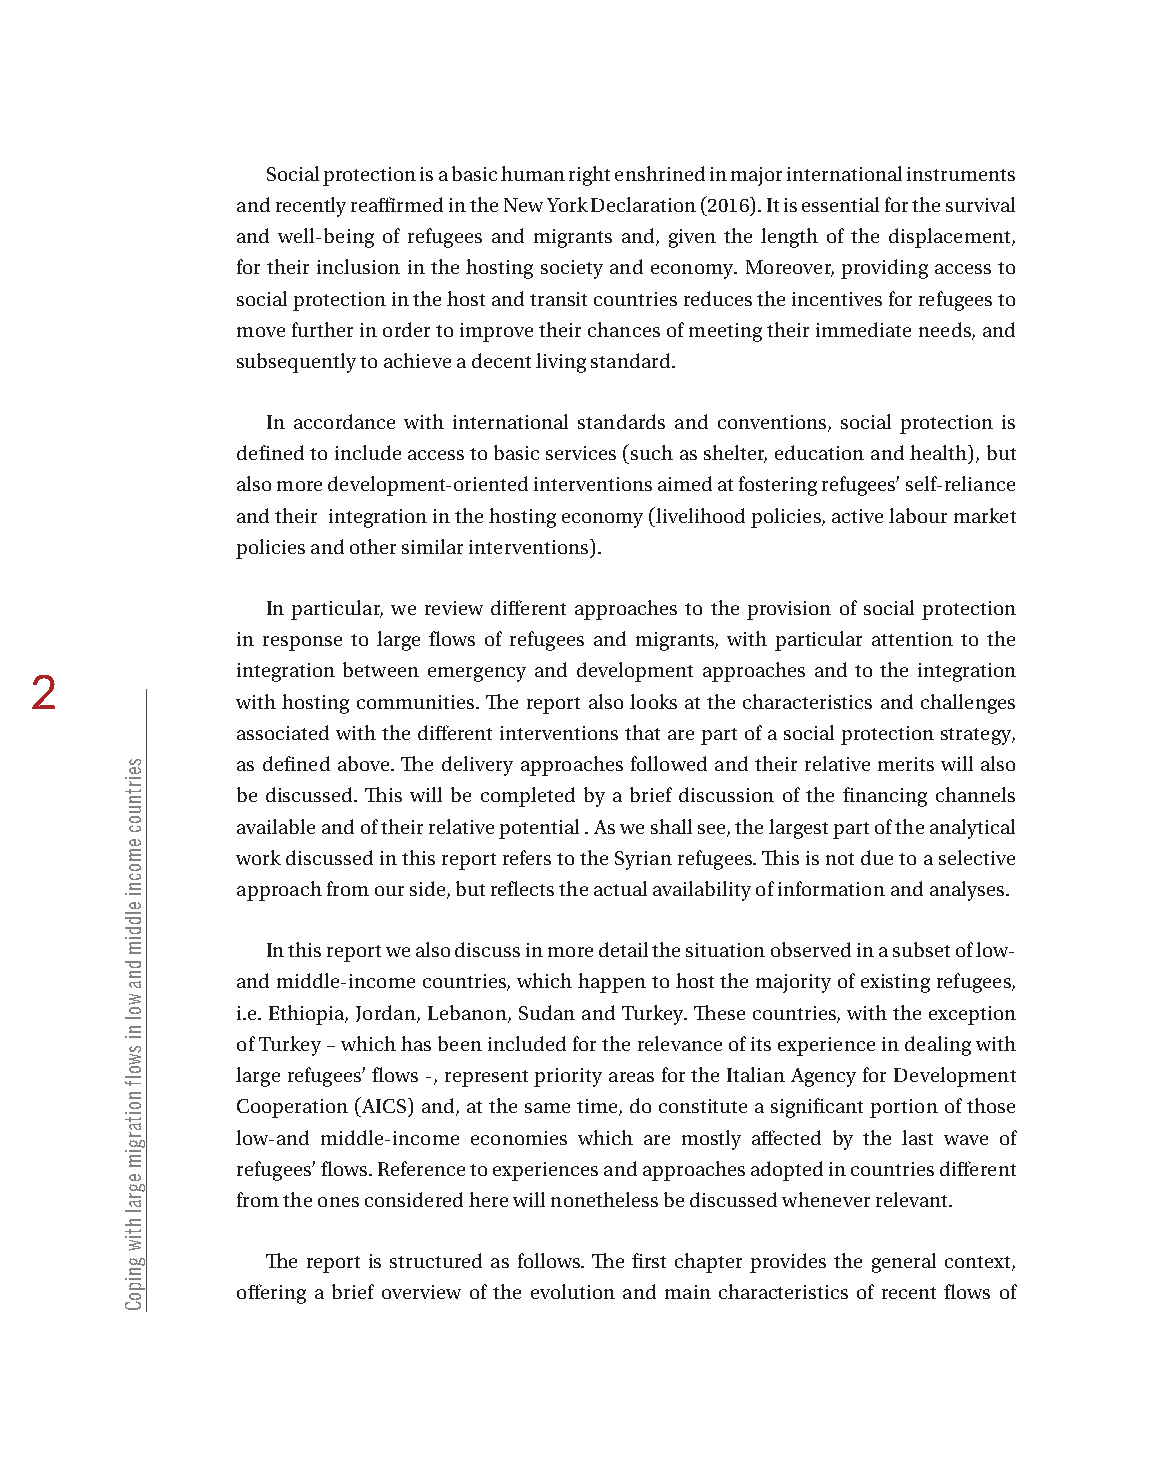
Social protection is a basic human right enshrined in major international instruments
 and recently reaffirmed in the New York Declaration (2016). It is essential for the survival
 and well-being of refugees and migrants and, given the length of the displacement,
 for their inclusion in the hosting society and economy. Moreover, providing access to
 social protection in the host and transit countries reduces the incentives for refugees to
 move further in order to improve their chances of meeting their immediate needs, and
 subsequently to achieve a decent living standard.
 In accordance with international standards and conventions, social protection is
 defined to include access to basic services (such as shelter, education and health), but
 also more development-oriented interventions aimed at fostering refugees’ self-reliance
 and their integration in the hosting economy (livelihood policies, active labour market
 policies and other similar interventions).
 In particular, we review different approaches to the provision of social protection
 in response to large flows of refugees and migrants, with particular attention to the
 integration between emergency and development approaches and to the integration
 2
 with hosting communities. The report also looks at the characteristics and challenges
 associated with the different interventions that are part of a social protection strategy,
 as defined above. The delivery approaches followed and their relative merits will also
 be discussed. This will be completed by a brief discussion of the financing channels
 available and of their relative potential . As we shall see, the largest part of the analytical
 work discussed in this report refers to the Syrian refugees. This is not due to a selective
 approach from our side, but reflects the actual availability of information and analyses.
 In this report we also discuss in more detail the situation observed in a subset of low-
 and middle-income countries, which happen to host the majority of existing refugees,
 i.e. Ethiopia, Jordan, Lebanon, Sudan and Turkey. These countries, with the exception
 of Turkey – which has been included for the relevance of its experience in dealing with
 large refugees’ flows -, represent priority areas for the Italian Agency for Development
 Cooperation (AICS) and, at the same time, do constitute a significant portion of those
 low-and middle-income economies which are mostly affected by the last wave of
 refugees’ flows. Reference to experiences and approaches adopted in countries different
 from the ones considered here will nonetheless be discussed whenever relevant.
 The report is structured as follows. The first chapter provides the general context,
 offering a brief overview of the evolution and main characteristics of recent flows of
 seirtnuoc
 emocni
 elddim
 dna
 wol
 ni
 swolf
 noitargim
 egral
 htiw
 gnipoC